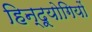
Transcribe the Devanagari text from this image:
हिन्दूयोगियों